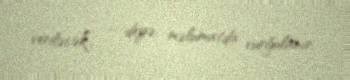
veriləcək”, - deyə, məlumatda vurğulanır.